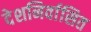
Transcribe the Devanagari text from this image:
देशनिर्वासित